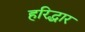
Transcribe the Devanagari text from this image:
हरिद्धार